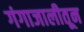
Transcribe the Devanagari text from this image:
गंगाजालीतून